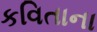
કવિતાના